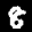
Label: 8